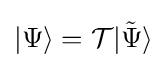
|\Psi \rangle ={\mathcal {T}}|{\tilde {\Psi }}\rangle